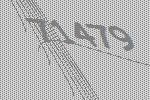
71479